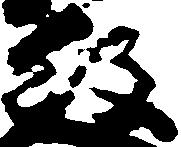
行